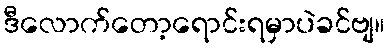
ဒီလောက်တော့ရောင်းရမှာပဲခင်ဗျ။